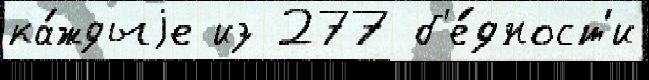
ка́ждыjе из 277 б'е́дност'и